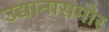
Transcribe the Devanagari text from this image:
उद्यानासमोर